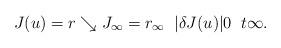
LaTeX: \begin{align*}J(u)=r\searrow J_{\infty}=r_{\infty}\;\; \vert \delta J(u)\vert\- 0\; \; t\- \infty.\end{align*}